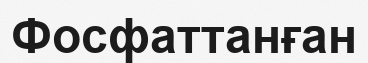
Фосфаттанған